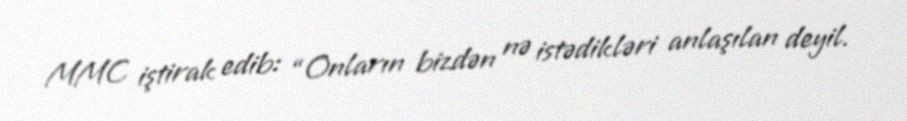
MMC iştirak edib: “Onların bizdən nə istədikləri anlaşılan deyil.